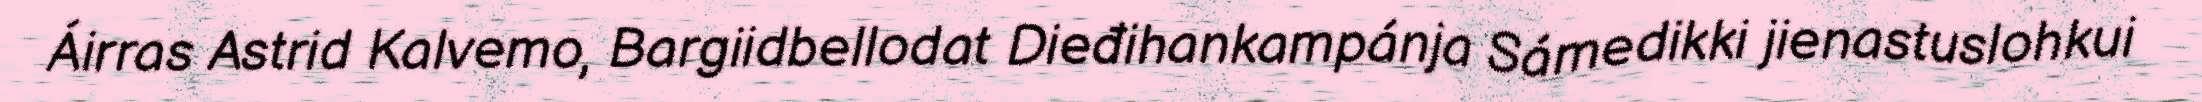
Áirras Astrid Kalvemo, Bargiidbellodat Dieđihankampánja Sámedikki jienastuslohkui